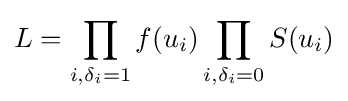
L=\prod _{i,\delta _{i}=1}f(u_{i})\prod _{i,\delta _{i}=0}S(u_{i})